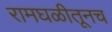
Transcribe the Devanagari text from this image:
रामघळीतूनच